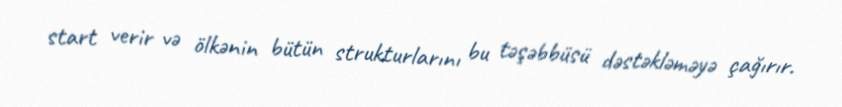
start verir və ölkənin bütün strukturlarını bu təşəbbüsü dəstəkləməyə çağırır.